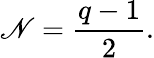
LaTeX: \mathscr{N}={\frac{{q-1}}{{2}}}.